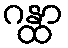
ဂန္ထာ